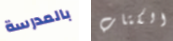
بالمدرسة الكتاب